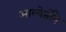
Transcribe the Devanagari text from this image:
आल्बेर्तोने